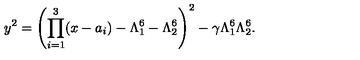
y ^ { 2 } = \left( \prod _ { i = 1 } ^ { 3 } ( x - a _ { i } ) - \Lambda _ { 1 } ^ { 6 } - \Lambda _ { 2 } ^ { 6 } \right) ^ { 2 } - \gamma \Lambda _ { 1 } ^ { 6 } \Lambda _ { 2 } ^ { 6 } .